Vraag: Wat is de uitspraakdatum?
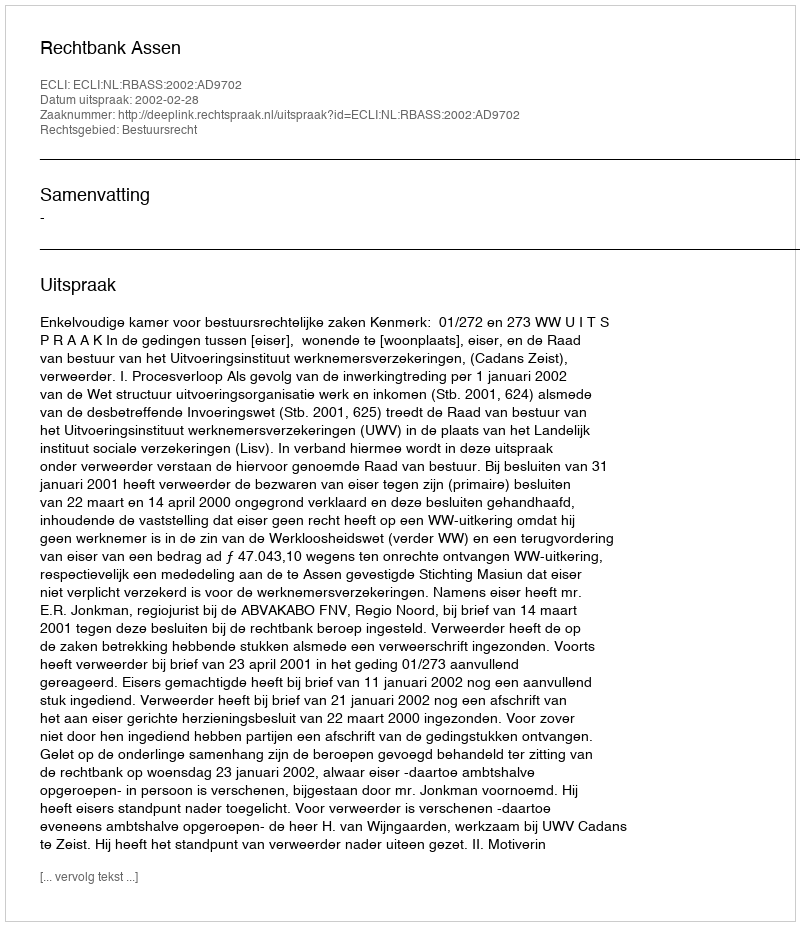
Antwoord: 2002-02-28